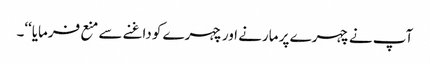
آپ نے چہرے پر مارنے اور چہرے کو داغنے سے منع فرمایا‘‘۔